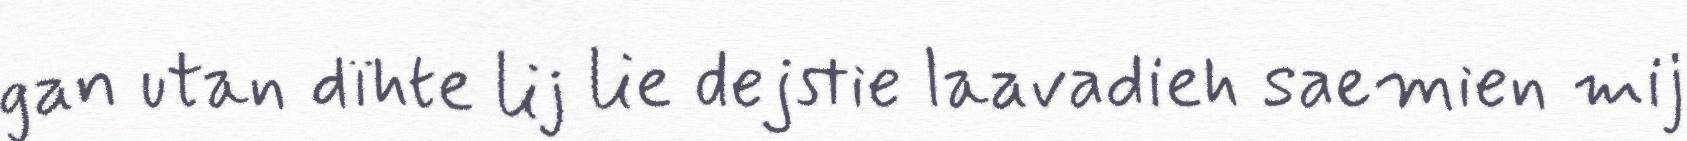
gan utan dïhte lij lie dejstie laavadieh saemien mij